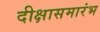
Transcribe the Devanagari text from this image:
दीक्षासमारंभ